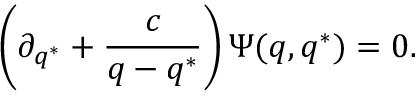
\left( \partial _ { q ^ { * } } + \frac { c } { q - q ^ { * } } \right) \Psi ( q , q ^ { * } ) = 0 .